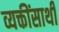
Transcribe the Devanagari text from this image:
व्यक्तींसाथी